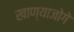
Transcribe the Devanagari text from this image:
खाण्याजोगे